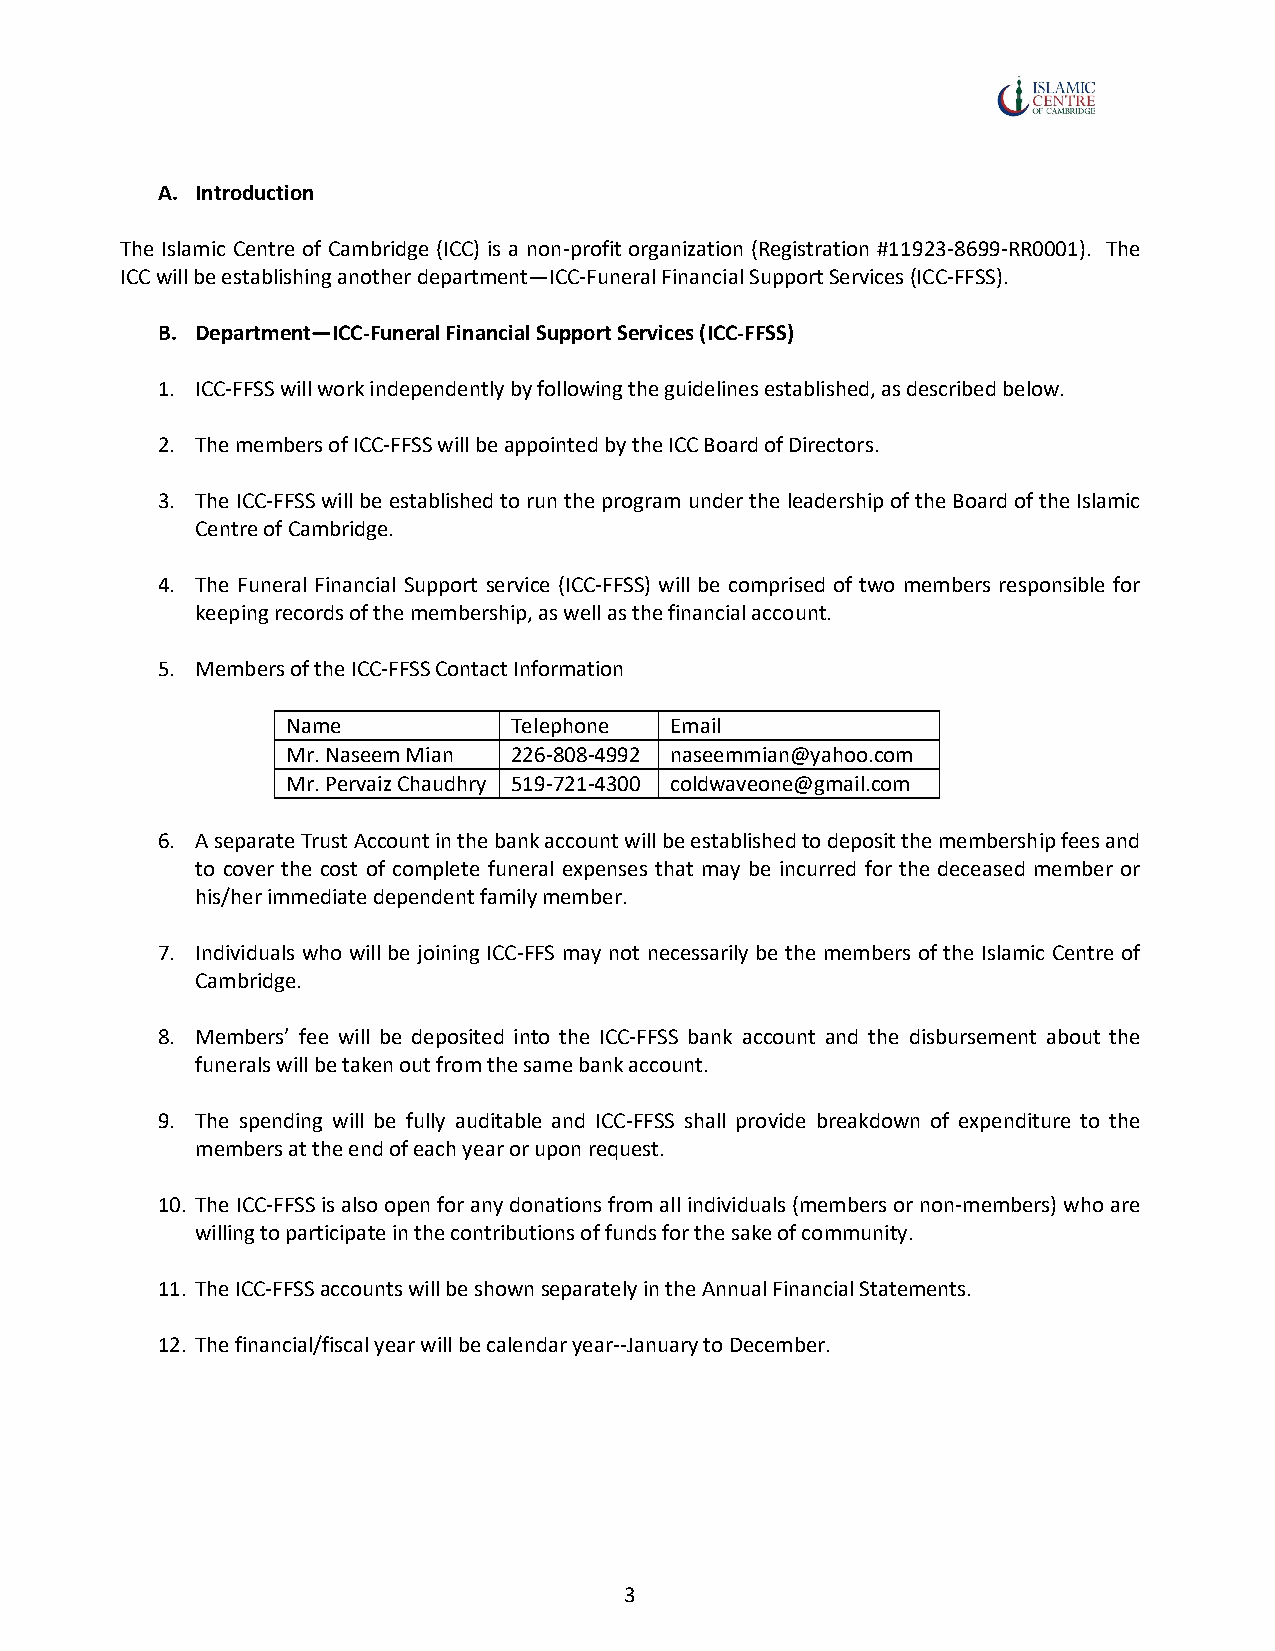
A. Introduction
 The Islamic Centre of Cambridge (ICC) is a non-profit organization (Registration #11923-8699-RR0001). The
 ICC will be establishing another department—ICC-Funeral Financial Support Services (ICC-FFSS).
 B. Department—ICC-Funeral Financial Support Services (ICC-FFSS)
 1. ICC-FFSS will work independently by following the guidelines established, as described below.
 2. The members of ICC-FFSS will be appointed by the ICC Board of Directors.
 3. The ICC-FFSS will be established to run the program under the leadership of the Board of the Islamic
 Centre of Cambridge.
 4. The Funeral Financial Support service (ICC-FFSS) will be comprised of two members responsible for
 keeping records of the membership, as well as the financial account.
 5. Members of the ICC-FFSS Contact Information
 Name           Telephone Email
 Mr. Naseem Mian 226-808-4992 naseemmian@yahoo.com
 Mr. Pervaiz Chaudhry 519-721-4300 coldwaveone@gmail.com
 6. A separate Trust Account in the bank account will be established to deposit the membership fees and
 to cover the cost of complete funeral expenses that may be incurred for the deceased member or
 his/her immediate dependent family member.
 7. Individuals who will be joining ICC-FFS may not necessarily be the members of the Islamic Centre of
 Cambridge.
 8. Members’ fee will be deposited into the ICC-FFSS bank account and the disbursement about the
 funerals will be taken out from the same bank account.
 9. The spending will be fully auditable and ICC-FFSS shall provide breakdown of expenditure to the
 members at the end of each year or upon request.
 10. The ICC-FFSS is also open for any donations from all individuals (members or non-members) who are
 willing to participate in the contributions of funds for the sake of community.
 11. The ICC-FFSS accounts will be shown separately in the Annual Financial Statements.
 12. The financial/fiscal year will be calendar year--January to December.
 3